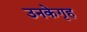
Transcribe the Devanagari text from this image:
उनकेगृह